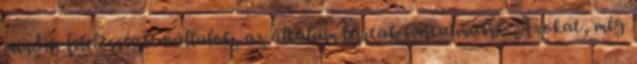
mindig felelősséget vállalok, az általam leí­rtak tartalmáért. Azokat, még